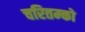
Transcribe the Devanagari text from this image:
चरितम्को